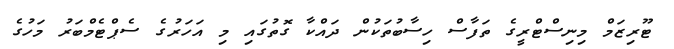
ޓޫރިޒަމް މިނިސްޓްރީގެ ތަފާސް ހިސާބުތަކުން ދައްކާ ގޮތުގައި މި އަހަރުގެ ސެޕްޓެމްބަރު މަހުގެ